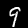
Label: 9